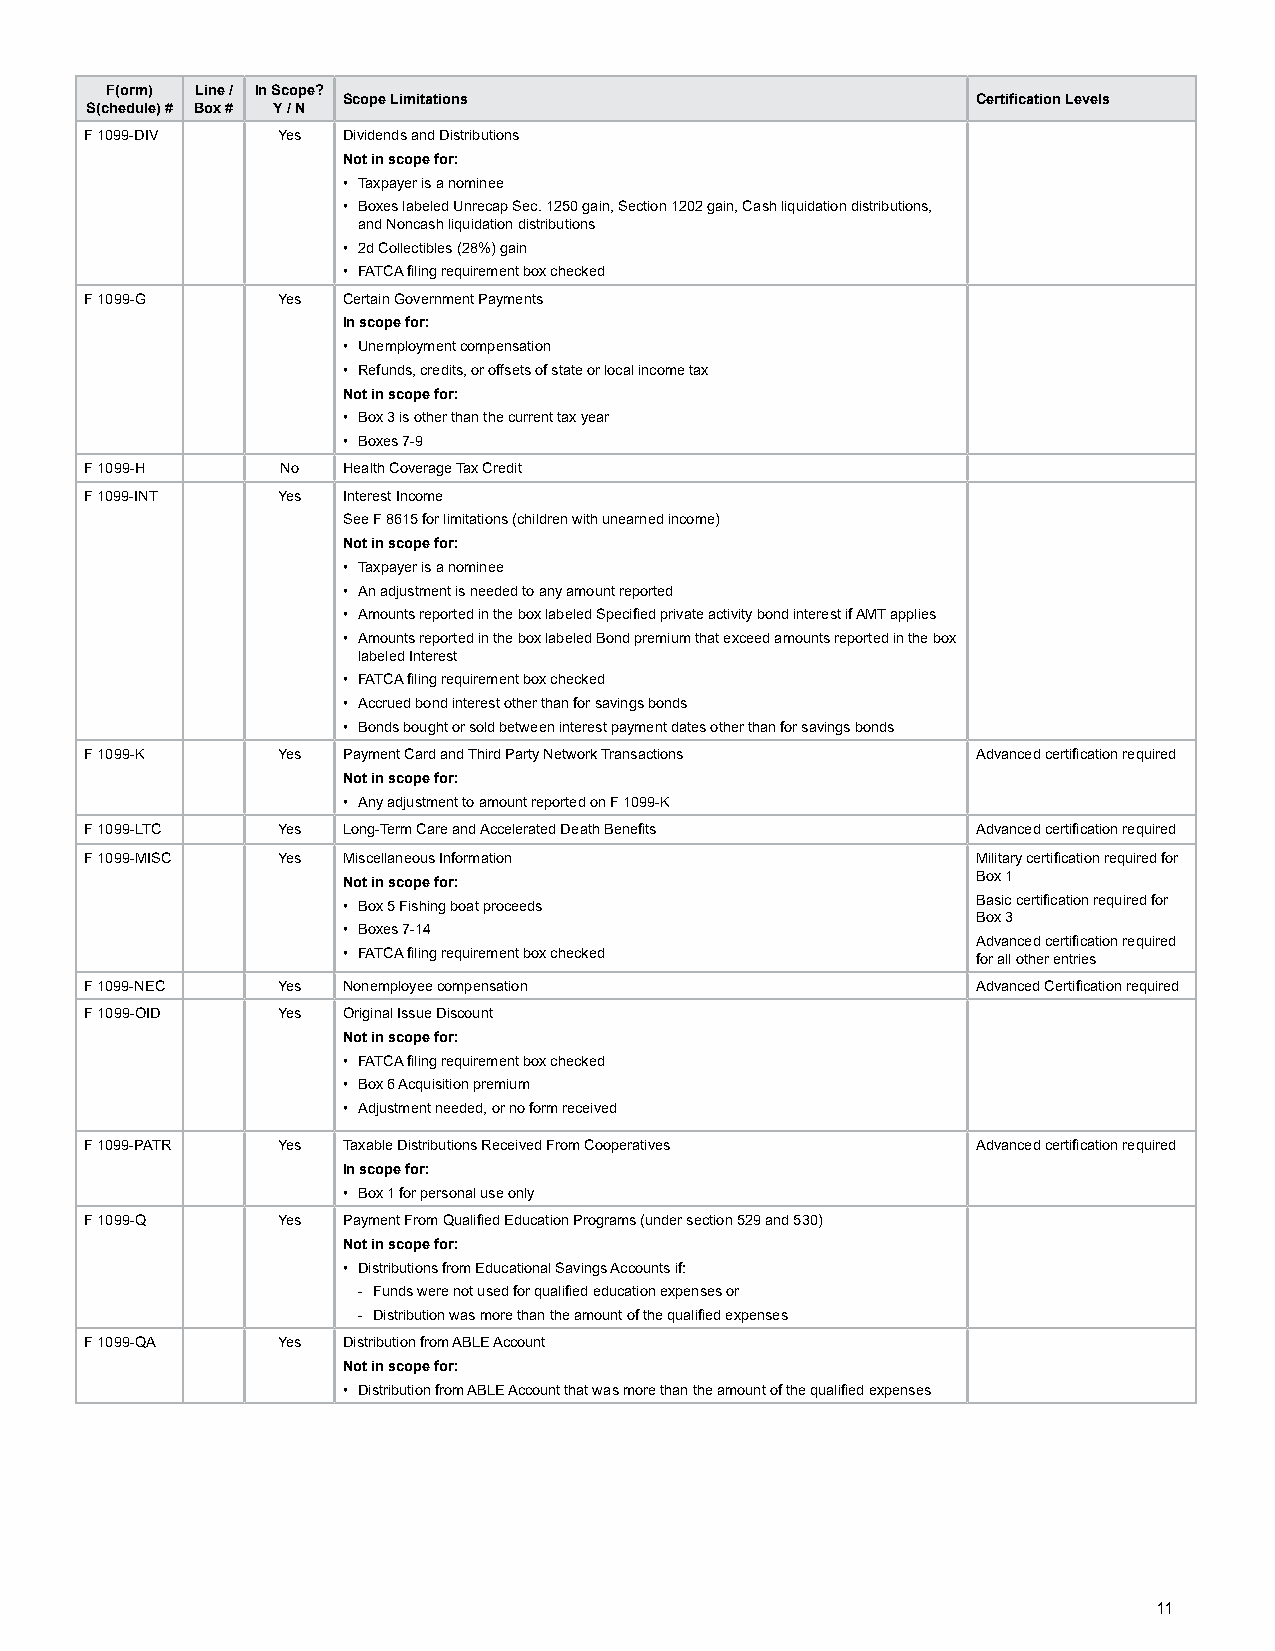
F(orm) Line / In Scope?
 Scope Limitations                         Certification Levels
 S(chedule) # Box # Y / N
 F 1099-DIV  Yes  Dividends and Distributions
 Not in scope for:
 • Taxpayer is a nominee
 • Boxes labeled Unrecap Sec. 1250 gain, Section 1202 gain, Cash liquidation distributions,
 and Noncash liquidation distributions
 • 2d Collectibles (28%) gain
 • FATCA filing requirement box checked
 F 1099-G    Yes  Certain Government Payments
 In scope for:
 • Unemployment compensation
 • Refunds, credits, or offsets of state or local income tax
 Not in scope for:
 • Box 3 is other than the current tax year
 • Boxes 7-9
 F 1099-H     No  Health Coverage Tax Credit
 F 1099-INT  Yes  Interest Income
 See F 8615 for limitations (children with unearned income)
 Not in scope for:
 • Taxpayer is a nominee
 • An adjustment is needed to any amount reported
 • Amounts reported in the box labeled Specified private activity bond interest if AMT applies
 • Amounts reported in the box labeled Bond premium that exceed amounts reported in the box
 labeled Interest
 • FATCA filing requirement box checked
 • Accrued bond interest other than for savings bonds
 • Bonds bought or sold between interest payment dates other than for savings bonds
 F 1099-K    Yes  Payment Card and Third Party Network Transactions Advanced certification required
 Not in scope for:
 • Any adjustment to amount reported on F 1099-K
 F 1099-LTC  Yes  Long-Term Care and Accelerated Death Benefits Advanced certification required
 F 1099-MISC Yes  Miscellaneous Information                 Military certification required for
 Box 1
 Not in scope for:
 • Box 5 Fishing boat proceeds             Basic certification required for
 Box 3
 • Boxes 7-14
 Advanced certification required
 • FATCA filing requirement box checked    for all other entries
 F 1099-NEC  Yes  Nonemployee compensation                  Advanced Certification required
 F 1099-OID  Yes  Original Issue Discount
 Not in scope for:
 • FATCA filing requirement box checked
 • Box 6 Acquisition premium
 • Adjustment needed, or no form received
 F 1099-PATR Yes  Taxable Distributions Received From Cooperatives Advanced certification required
 In scope for:
 • Box 1 for personal use only
 F 1099-Q    Yes  Payment From Qualified Education Programs (under section 529 and 530)
 Not in scope for:
 • Distributions from Educational Savings Accounts if:
 - Funds were not used for qualified education expenses or
 - Distribution was more than the amount of the qualified expenses
 F 1099-QA   Yes  Distribution from ABLE Account
 Not in scope for:
 • Distribution from ABLE Account that was more than the amount of the qualified expenses
 11